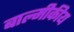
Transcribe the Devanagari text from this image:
बाल्मीकीय